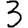
Digit: 3